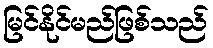
မြင်နိုင်မည်ဖြစ်သည်